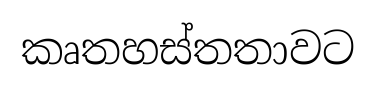
කෘතහස්තතාවට